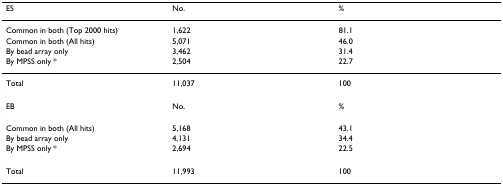
<table><thead><tr><td><b>ES</b></td><td><b>No.</b></td><td><b>%</b></td></tr></thead><tbody><tr><td>Common in both (Top 2000 hits)</td><td>1,622</td><td>81.1</td></tr><tr><td>Common in both (All hits)</td><td>5,071</td><td>46.0</td></tr><tr><td>By bead array only</td><td>3,462</td><td>31.4</td></tr><tr><td>By MPSS only *</td><td>2,504</td><td>22.7</td></tr><tr><td>Total</td><td>11,037</td><td>100</td></tr><tr><td>EB</td><td>No.</td><td>%</td></tr><tr><td>Common in both (All hits)</td><td>5,168</td><td>43.1</td></tr><tr><td>By bead array only</td><td>4,131</td><td>34.4</td></tr><tr><td>By MPSS only *</td><td>2,694</td><td>22.5</td></tr><tr><td>Total</td><td>11,993</td><td>100</td></tr></tbody></table>